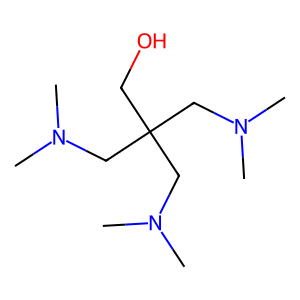
SMILES: CN(C)CC(CO)(CN(C)C)CN(C)C
Inhibits HIV replication: No